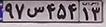
۹۷س۴۵۴۱۳